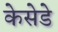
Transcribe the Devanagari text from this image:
केसेडे